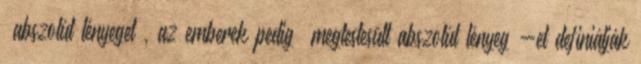
„abszolút lényeget”, az emberek pedig „megtestesült abszolút lényeg”-et definiálják